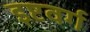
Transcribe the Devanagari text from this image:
इष्टवर्ग